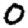
Digit: 0